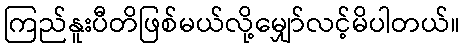
ကြည်နူးပီတိဖြစ်မယ်လို့မျှော်လင့်မိပါတယ်။